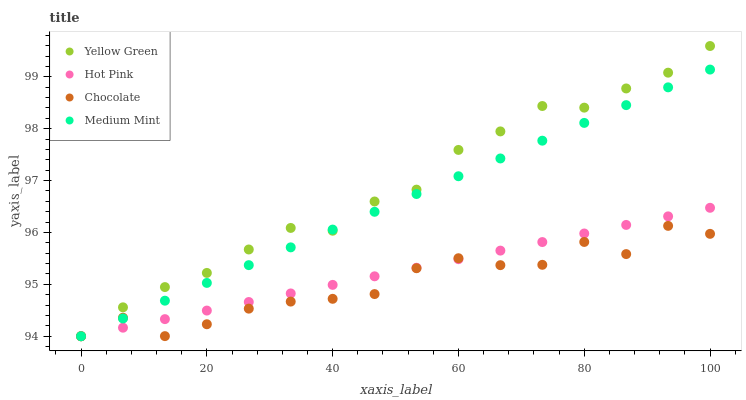
| xaxis_label | Yellow Green | Hot Pink | Chocolate | Medium Mint |
 | --- | --- | --- | --- | --- |
 | 0 | 94 | 94 | 94 | 94 |
 | 6.67 | 94.6 | 94.2 | 94.4 | 94.3 |
 | 13.3 | 94.9 | 94.3 | 94 | 94.7 |
 | 20 | 95.2 | 94.5 | 94.2 | 95 |
 | 26.7 | 95.7 | 94.7 | 94.5 | 95.4 |
 | 33.3 | 96.1 | 94.8 | 94.7 | 95.7 |
 | 40 | 96 | 95 | 94.7 | 96.1 |
 | 46.7 | 96.6 | 95.2 | 94.8 | 96.4 |
 | 53.3 | 96.8 | 95.3 | 95.3 | 96.7 |
 | 60 | 97.6 | 95.5 | 95.5 | 97.1 |
 | 66.7 | 97.9 | 95.7 | 95.4 | 97.4 |
 | 73.3 | 98.4 | 95.8 | 95.4 | 97.8 |
 | 80 | 98.4 | 96 | 95.8 | 98.1 |
 | 86.7 | 98.8 | 96.1 | 95.6 | 98.5 |
 | 93.3 | 99.1 | 96.3 | 96.1 | 98.8 |
 | 100 | 99.6 | 96.5 | 96 | 99.1 |